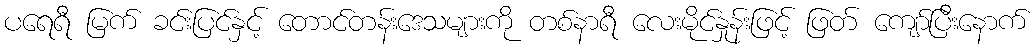
ပရေရီ မြက် ခင်းပြင်နှင့် တောင်တန်းဒေသများကို တစ်နာရီ လေးမိုင်နှုန်းဖြင့် ဖြတ် ကျော်ပြီးနောက်